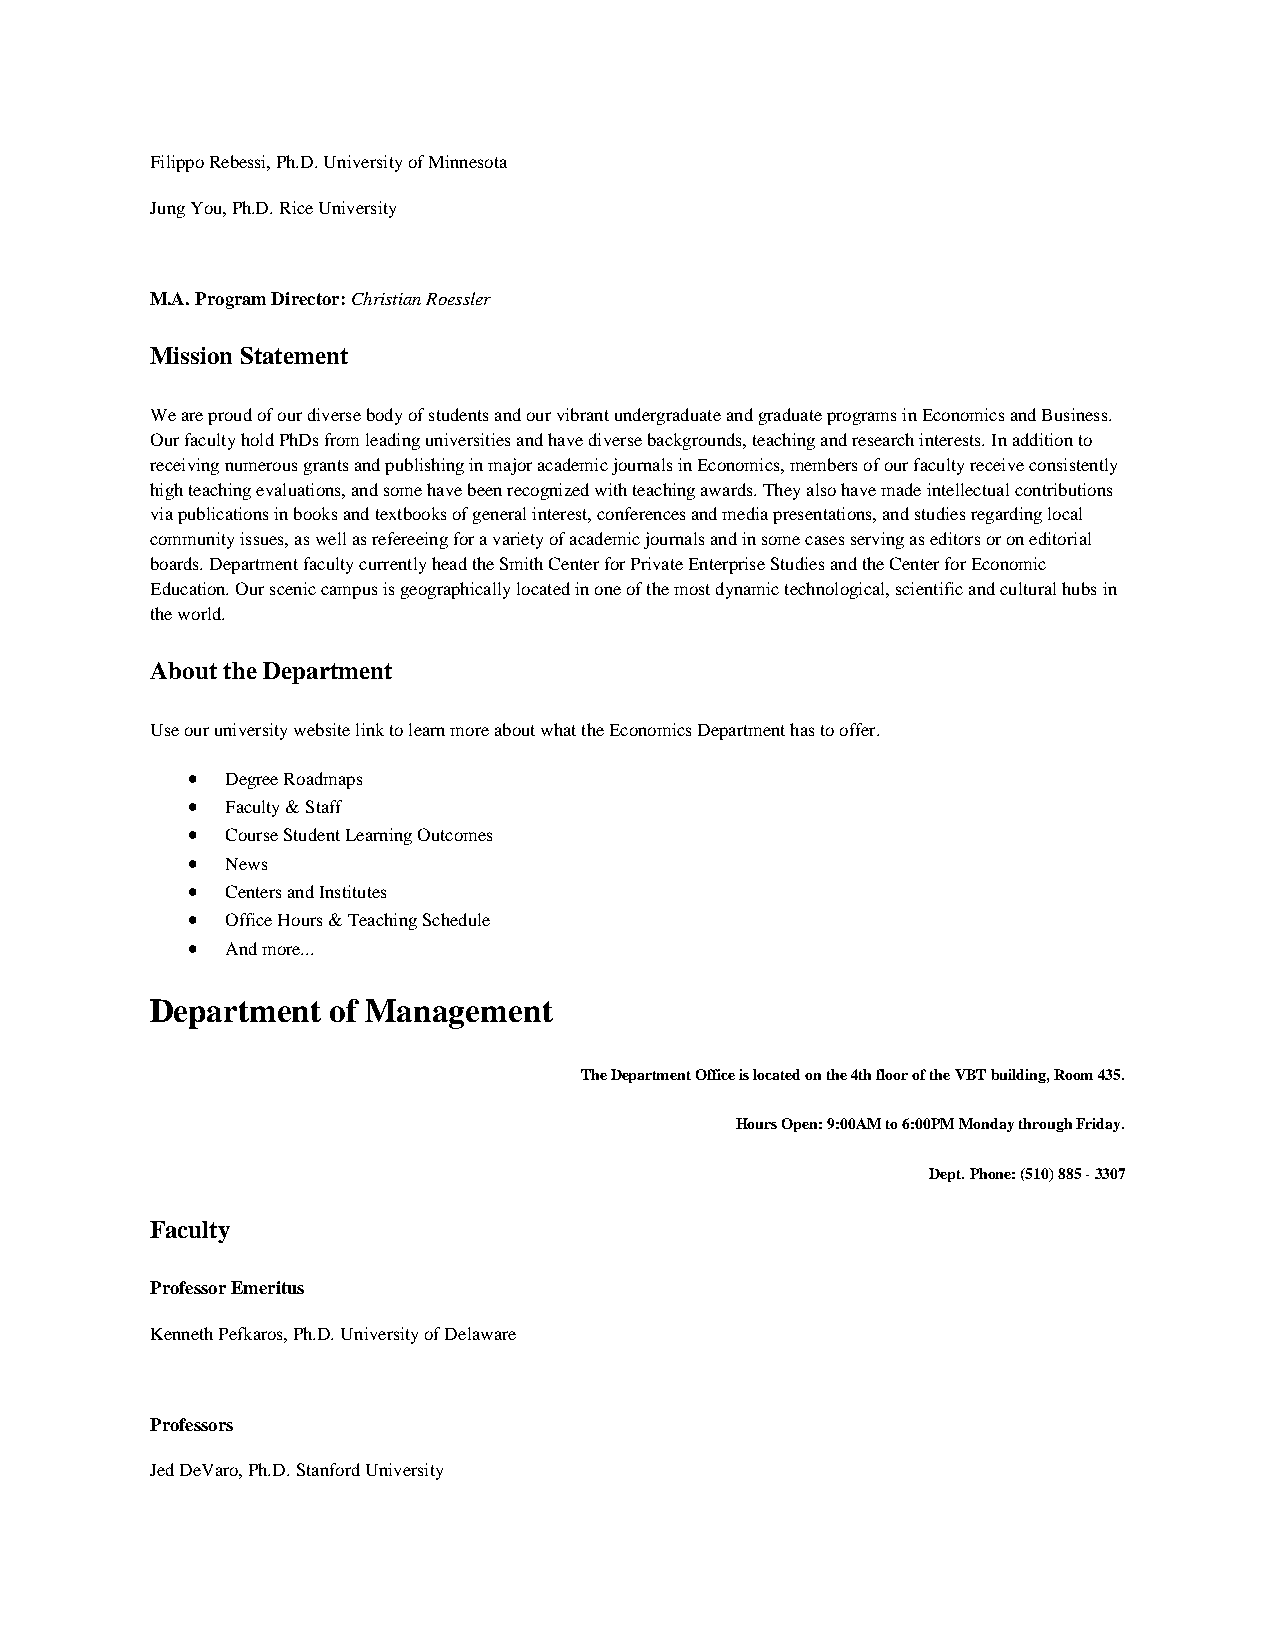
Filippo Rebessi, Ph.D. University of Minnesota
 Jung You, Ph.D. Rice University
 M.A. Program Director: Christian Roessler
 Mission Statement
 We are proud of our diverse body of students and our vibrant undergraduate and graduate programs in Economics and Business.
 Our faculty hold PhDs from leading universities and have diverse backgrounds, teaching and research interests. In addition to
 receiving numerous grants and publishing in major academic journals in Economics, members of our faculty receive consistently
 high teaching evaluations, and some have been recognized with teaching awards. They also have made intellectual contributions
 via publications in books and textbooks of general interest, conferences and media presentations, and studies regarding local
 community issues, as well as refereeing for a variety of academic journals and in some cases serving as editors or on editorial
 boards. Department faculty currently head the Smith Center for Private Enterprise Studies and the Center for Economic
 Education. Our scenic campus is geographically located in one of the most dynamic technological, scientific and cultural hubs in
 the world.
 About the Department
 Use our university website link to learn more about what the Economics Department has to offer.
 •  Degree Roadmaps
 •  Faculty & Staff
 •  Course Student Learning Outcomes
 •  News
 •  Centers and Institutes
 •  Office Hours & Teaching Schedule
 •  And more...
 Department  of Management
 The Department Office is located on the 4th floor of the VBT building, Room 435.
 Hours Open: 9:00AM to 6:00PM Monday through Friday.
 Dept. Phone: (510) 885 - 3307
 Faculty
 Professor Emeritus
 Kenneth Pefkaros, Ph.D. University of Delaware
 Professors
 Jed DeVaro, Ph.D. Stanford University